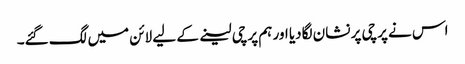
اس نے پرچی پر نشان لگادیا اور ہم پرچی لینے کے لیے لائن میں لگ گئے۔